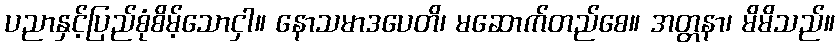
ပညာနှင့်ပြည်စုံစိမ့်သောငှါ။ နောသမာဒပေတိ၊ မဆောက်တည်စေ။ အတ္တနာ၊ မိမိသည်။